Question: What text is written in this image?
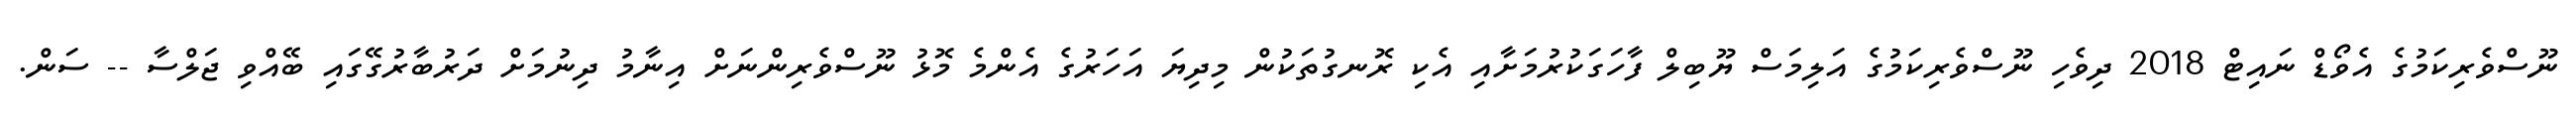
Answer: ނޫސްވެރިކަމުގެ އެވޯޑް ނައިޓް 2018 ދިވެހި ނޫސްވެރިކަމުގެ އަލިމަސް ޔޫބިލް ފާހަގަކުރުމަށާއި އެކި ރޮނގުތަކުން މިދިޔަ އަހަރުގެ އެންމެ މޮޅު ނޫސްވެރިންނަށް އިނާމު ދިނުމަށް ދަރުބާރުގޭގައި ބޭއްވި ޖަލްސާ -- ސަން.